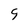
Character: 9